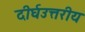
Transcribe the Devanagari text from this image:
दीर्घउत्तरीय